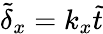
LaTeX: \tilde{\delta}_{x}=k_{x}\tilde{t}